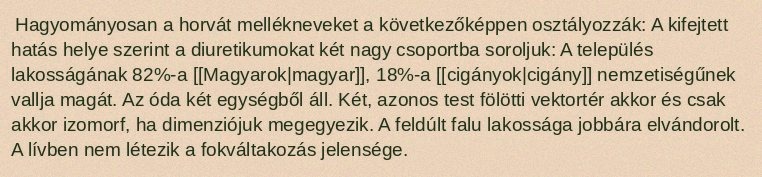
Hagyományosan a horvát mellékneveket a következőképpen osztályozzák: A kifejtett hatás helye szerint a diuretikumokat két nagy csoportba soroljuk: A település lakosságának 82%-a [[Magyarok|magyar]], 18%-a [[cigányok|cigány]] nemzetiségűnek vallja magát. Az óda két egységből áll. Két, azonos test fölötti vektortér akkor és csak akkor izomorf, ha dimenziójuk megegyezik. A feldúlt falu lakossága jobbára elvándorolt. A lívben nem létezik a fokváltakozás jelensége.